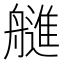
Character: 𰰓